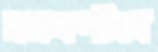
সমবণ্টনে